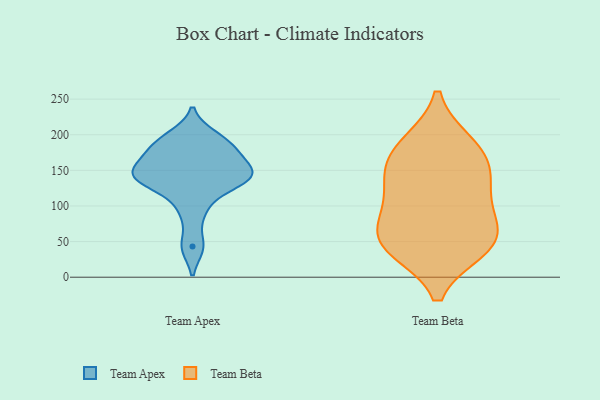
{"axis": {"x": "Temperature (°C)", "y": "Value"}, "legend": ["Team Apex", "Team Beta"], "data": [{"x": "", "y": 43, "type": "Team Apex"}, {"x": "", "y": 198, "type": "Team Apex"}, {"x": "", "y": 181, "type": "Team Apex"}, {"x": "", "y": 185, "type": "Team Apex"}, {"x": "", "y": 159, "type": "Team Apex"}, {"x": "", "y": 135, "type": "Team Apex"}, {"x": "", "y": 94, "type": "Team Apex"}, {"x": "", "y": 139, "type": "Team Apex"}, {"x": "", "y": 158, "type": "Team Apex"}, {"x": "", "y": 141, "type": "Team Apex"}, {"x": "", "y": 134, "type": "Team Apex"}, {"x": "", "y": 40, "type": "Team Beta"}, {"x": "", "y": 43, "type": "Team Beta"}, {"x": "", "y": 109, "type": "Team Beta"}, {"x": "", "y": 64, "type": "Team Beta"}, {"x": "", "y": 139, "type": "Team Beta"}, {"x": "", "y": 96, "type": "Team Beta"}, {"x": "", "y": 160, "type": "Team Beta"}, {"x": "", "y": 42, "type": "Team Beta"}, {"x": "", "y": 186, "type": "Team Beta"}, {"x": "", "y": 146, "type": "Team Beta"}, {"x": "", "y": 63, "type": "Team Beta"}, {"x": "", "y": 188, "type": "Team Beta"}]}